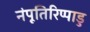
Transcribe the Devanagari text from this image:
नंपूतिरिप्पाडु